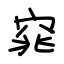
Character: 窕